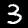
Label: 3